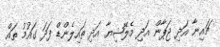
ޗައިނާ އަދި ޖަޕާން އަދި މެލޭޝިޔާ އަދި ތައިލެންޑް ފަދަ ގައުމު ތައް